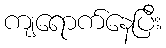
ကျရောက်နေပြီး